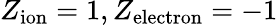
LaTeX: Z_{\mathrm{ion}}=1,Z_{\mathrm{electron}}=-1